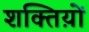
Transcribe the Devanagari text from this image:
शक्तिय़ों